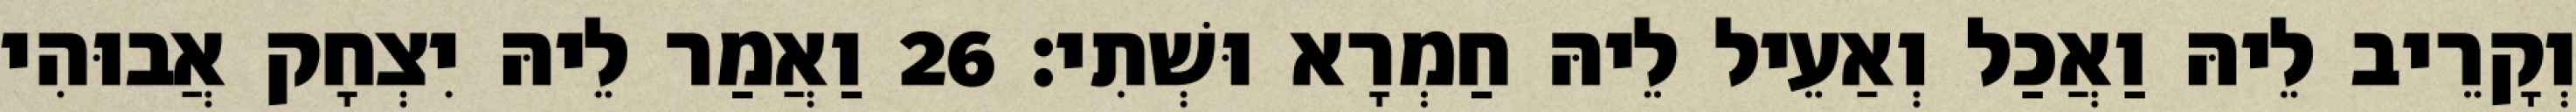
וְקָרֵיב לֵיהּ וַאֲכַל וְאַעֵיל לֵיהּ חַמְרָא וּשְׁתִי׃ 26 וַאֲמַר לֵיהּ יִצְחָק אֲבוּהִי